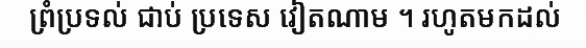
ព្រំប្រទល់ ជាប់ ប្រទេស វៀតណាម ។ រហូតមកដល់